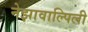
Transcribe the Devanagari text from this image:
नेझावाल्पिली